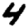
Digit: 4